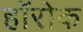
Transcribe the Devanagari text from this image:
हॉरोक